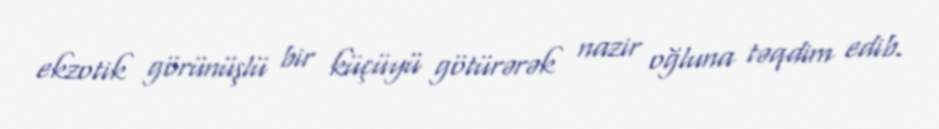
ekzotik görünüşlü bir küçüyü götürərək nazir oğluna təqdim edib.